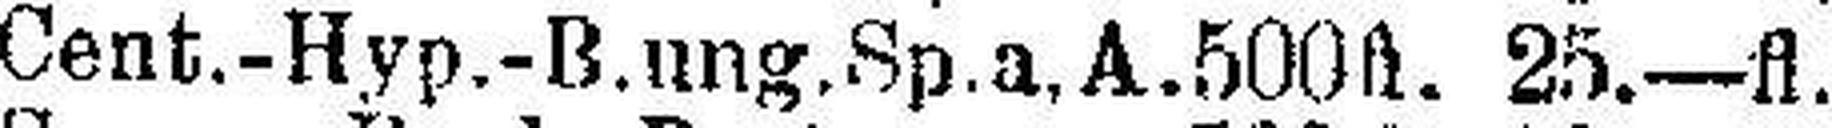
Cent.-Hyp.-B.ung.Sp.a.A. 500fl. 25.—fl.